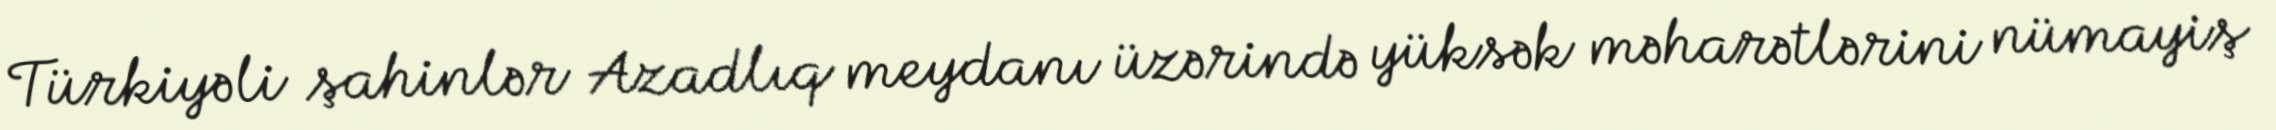
Türkiyəli şahinlər Azadlıq meydanı üzərində yüksək məharətlərini nümayiş